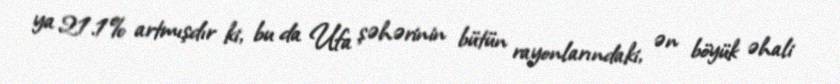
ya 21.1% artmışdır ki, bu da Ufa şəhərinin bütün rayonlarındaki, ən böyük əhali